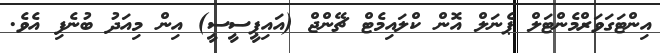
އިންޓަގަވަރްމެންޓަލް ޕެނަލް އޮން ކްލައިމެޓް ޗޭންޖް (އައިޕީސީސީ) އިން މިއަދު ބުނެފި އެވެ.